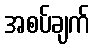
အစပ်ချက်